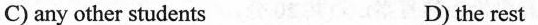
C) any other students D) the rest